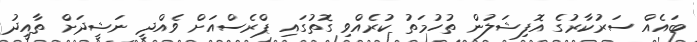
ބައެއް ސަރުކާރުގެ އޮފިޝަލުން ތުހުމަތު ކުރެއްވި ގޮތުގައި ޕްރެސްއަށް ވެއްދީ ނަޝީދަށް ތާއީދު